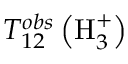
T _ { 1 2 } ^ { o b s } \left( \mathrm { H } _ { 3 } ^ { + } \right)